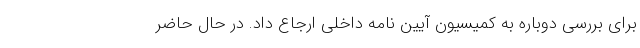
برای بررسی دوباره به کمیسیون آیین نامه داخلی ارجاع داد. در حال حاضر